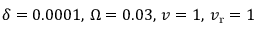
\delta = 0 . 0 0 0 1 , \, \Omega = 0 . 0 3 , \, v = 1 , \, v _ { \mathrm { r } } = 1